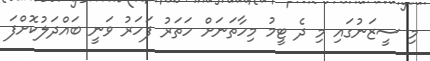
މި ސީޒަނުގައި މި ދެ ޓީމު މިހާތަނަށް ހަތަރު ފަހަރު ވަނީ ބައްދަލުކޮށްފަ